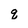
Character: q